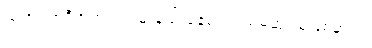
သူဟာ အဲဒီအတွက် ဝမ်းနည်းနေမယ့်ပထမဆုံးသူဖြစ်မှာပါ။